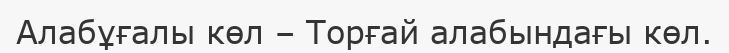
Алабұғалы көл – Торғай алабындағы көл.